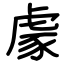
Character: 豦